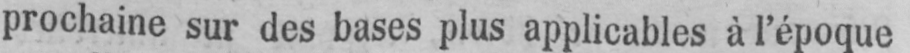
prochaine sur des bases plus applicables à l’époque